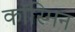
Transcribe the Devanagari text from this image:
कॉस्मिन